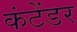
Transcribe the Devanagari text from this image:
कंटेंडर